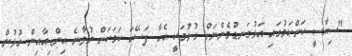
"ސިޔާސީ ކަންކަމުގައި އަޅުގަނޑުމެންނަށް ގުޅުމަކީ އެހާ ފަސޭހަ ކަމަކަށް ނުވާނެ އިންޑިއާއިން ގުޅުން